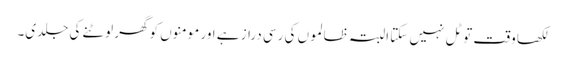
لکھا وقت تو ٹل نہیں سکتا البتہ ظالموں کی رسی دراز ہے اور مومنوں کو گھر لوٹنے کی جلدی۔